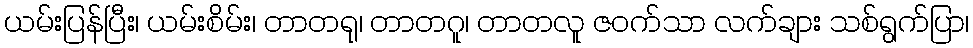
ယမ်းပြန်ပြီး၊ ယမ်းစိမ်း၊ တာတရု၊ တာတဂူ၊ တာတလူ ဇဝက်သာ လက်ချား သစ်ရွက်ပြာ၊